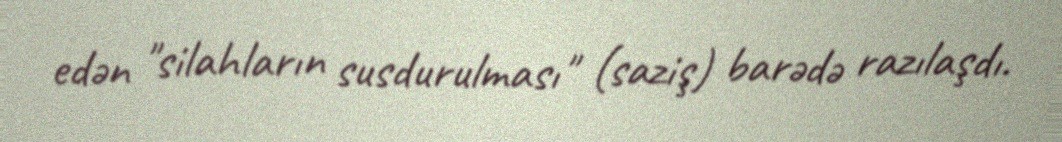
edən "silahların susdurulması" (saziş) barədə razılaşdı.